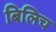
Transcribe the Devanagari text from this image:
बिलिच